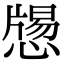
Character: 𢡕